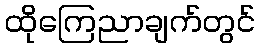
ထိုကြေညာချက်တွင်